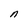
Character: n